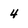
Character: 4